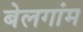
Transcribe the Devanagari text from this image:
बेलगांम